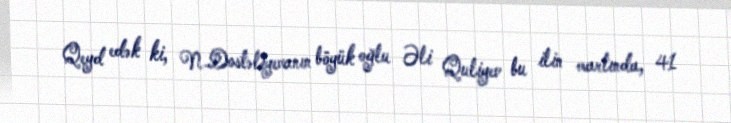
Qeyd edək ki, N.Dostəliyevanın böyük oğlu Əli Quliyev bu ilin martında, 41